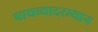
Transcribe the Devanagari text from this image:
पायव्यादरम्यान